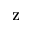
\mathbf { Z }